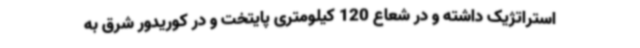
استراتژیک داشته و در شعاع 120 کیلومتری پایتخت و در کوریدور شرق به